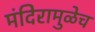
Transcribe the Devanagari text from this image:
मंदिरामुळेच